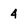
Character: 4